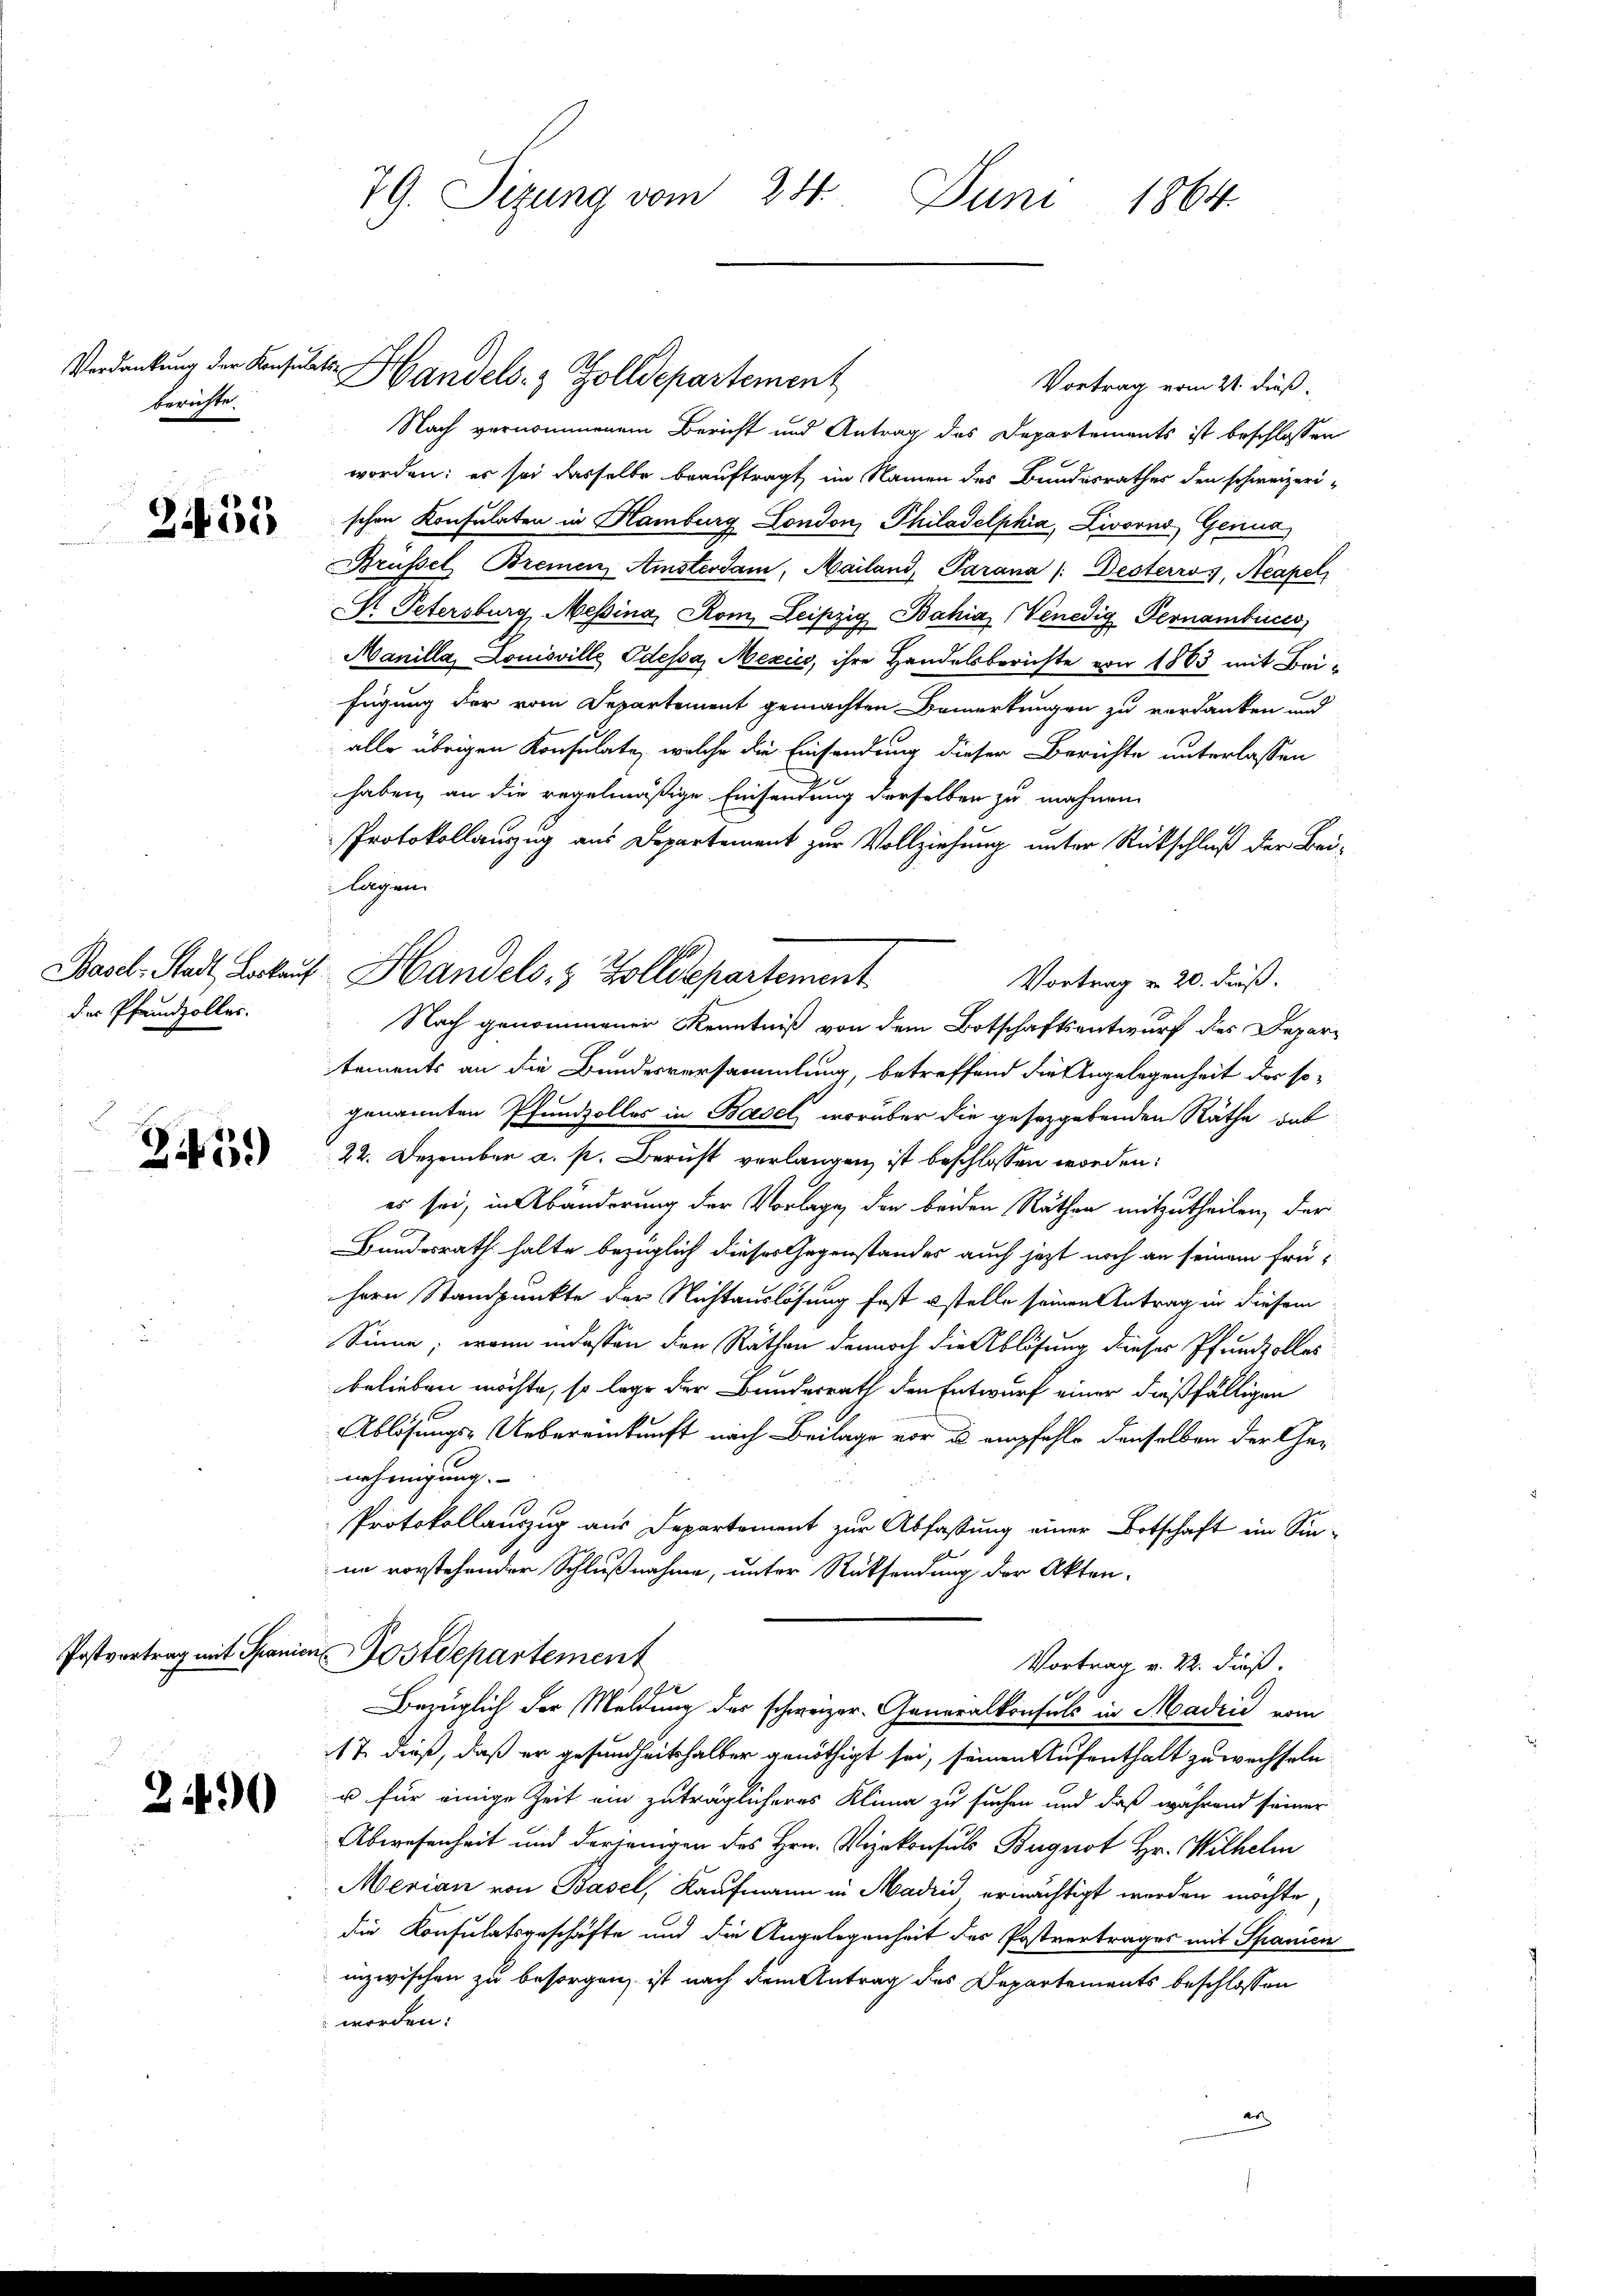
Verdankung der Konsulatsberichte.

2451

Basel-Stadt, Lockung
der Pfandzoller.

349)

Postvortrag mit Spanis

2490

79. Sizung vom 24. Juni 1864.

Vortrag vom 21. dieß.
Nach vernommenem Bericht und Antrag des Departements ist beschlossen
worden; es sei dasselbe beauftragt im Namen des Bundesrathes den schweizerischen Konsulaten in Hamburg London, Philadelphia, Livorno, Genua
Brüssel, Bremen Amsterdam, Mailand, Parana /: Desterros, Neapel
 Petersburg Messina, Rom Leipzig Bahia Venedig Pernambuc
Manilla, Louisville Odessa, Mexico, ihre Handelsberichte von 1863 mit Beifügung der vom Departement gemachten Bemerkungen zu verdanken und
alle übrigen Konsulate, welche die Einsendung dieser Berichte unterlassen
haben, an die regelmäßige Einsendung derselben zu mahnen
Protokollauszug aus Departement zur Vollziehung unter Rückschluß der Beiagen
Vortrag u. 20. dieß.
Nach genommener Kenntniß von dem Botschaftsantwurf des Departements an die Bundesversammlung, betreffend die Angelegenheit des sogenannten Pfundzolles in Basel, worüber die gesetzgebenden Räthe das
22. Dezember a. p. Bericht verlangen ist beschlossen worden:
es sei, in Abänderung der Vorlage, den beiden Räthen mitzutheilen, der
Bundesrath halte bezüglich dieses Gegenstandes auch jetzt noch an seinem frühern Standpunkte der Nichtauslösung fest ostelle seinen Antrag in diesem
Sinne; wenn indessen den Räthen dennoch die Ablösung dieses Pfundtolles
belieben möchte, so lage der Bundesrath den Entwurf einer dießfälligen
Ablösungs-Uebereinkunft nach Beilage vor a empfehle denselben der Genehmigung.
Protokollauszug aus Departement zur Abfassung einer Botschaft ein Sin-
nn vorstehender Schlußnahme, unter Rücksendung der Akten-
in Postdepartement
Vortrag v. 22. dieß.
x
Bezüglich der Meldung der schweizer-Generalkonsuls in Madrić vom
117. dieß, daß er gesundheitshalber genöthigt sei, seinen Aufenthalt zu wechseln
u für einige Zeit ein zuträglicheres Klima zu suchen und daß während seiner
Abwesenheit und derjenigen des Hrn. Vizekonsuls Bugnot Hr. Wilhelm
Merian von Basel, Kaufmann in Madrid ermächtigt werden möchte,
die Konsulatsgeschäfte und die Angelegenheit des Postvertrages mit Spanien
inzwischen zu besorgen, ist nach dem Antrag des Departements beschlossen
worden:
ar

Handels- & Zolldepartement

Handels- & Zolldepartement